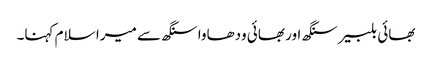
بھائی بلبیر سنگھ اور بھائی ودھاوا سنگھ سے میرا سلام کہنا۔